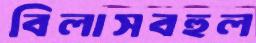
বিলাসবহুল